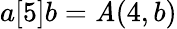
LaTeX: a[5]b=\mathit{A}(4,b)